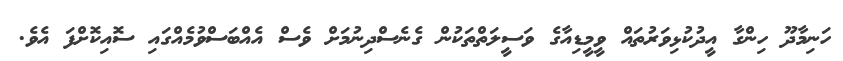
ހަނިމާދޫ ހިންގާ އީދުކުޅިވަރުތައް ވީމީޑިއާގެ ވަސީލަތްތަކުން ގެނެސްދިނުމަށް ވެސް އެއްބަސްވުމެއްގައި ސޮއިކޮށްފަ އެވެ.